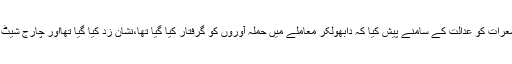
سی بی آئی نے جمعرات کو عدالت کے سامنے پیش کیا کہ دابھولکر معاملے میں حملہ آوروں کو گرفتار کیا گیا تھا،نشان زد کیا گیا تھااور چارج شیٹ دائر کی گئی تھی۔